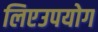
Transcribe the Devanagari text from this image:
लिएउपयोग